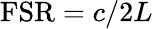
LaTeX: \mathrm{FSR}=c/2L